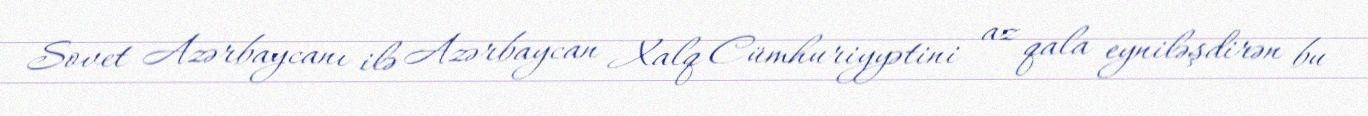
Sovet Azərbaycanı ilə Azərbaycan Xalq Cümhuriyyətini az qala eyniləşdirən bu